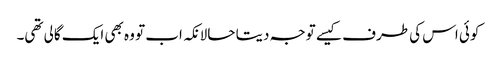
کوئی اس کی طرف کیسے توجہ دیتا حالانکہ اب تو وہ بھی ایک گالی تھی۔